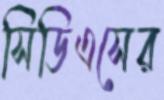
সিডিএসের